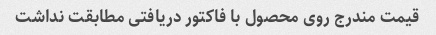
قیمت مندرج روی محصول با فاکتور دریافتی مطابقت نداشت